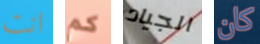
انت كم الجياد كان